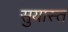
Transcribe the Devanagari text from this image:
सुयास्त